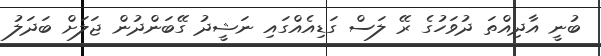
ބުނީ އާދިއްތަ ދުވަހުގެ ރޭ ލަސް ގަޑިއެއްގައި ނަޝީދު ގޭބަންދުން ޖަލަށް ބަދަލު